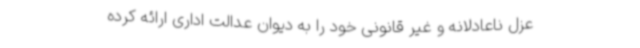
عزل ناعادلانه و غیر قانونی خود را به دیوان عدالت اداری ارائه کرده